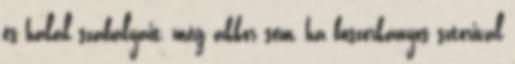
és halál szabályait, még akkor sem, ha boszorkányos sztorival